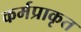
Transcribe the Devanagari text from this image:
कर्मप्राकृत